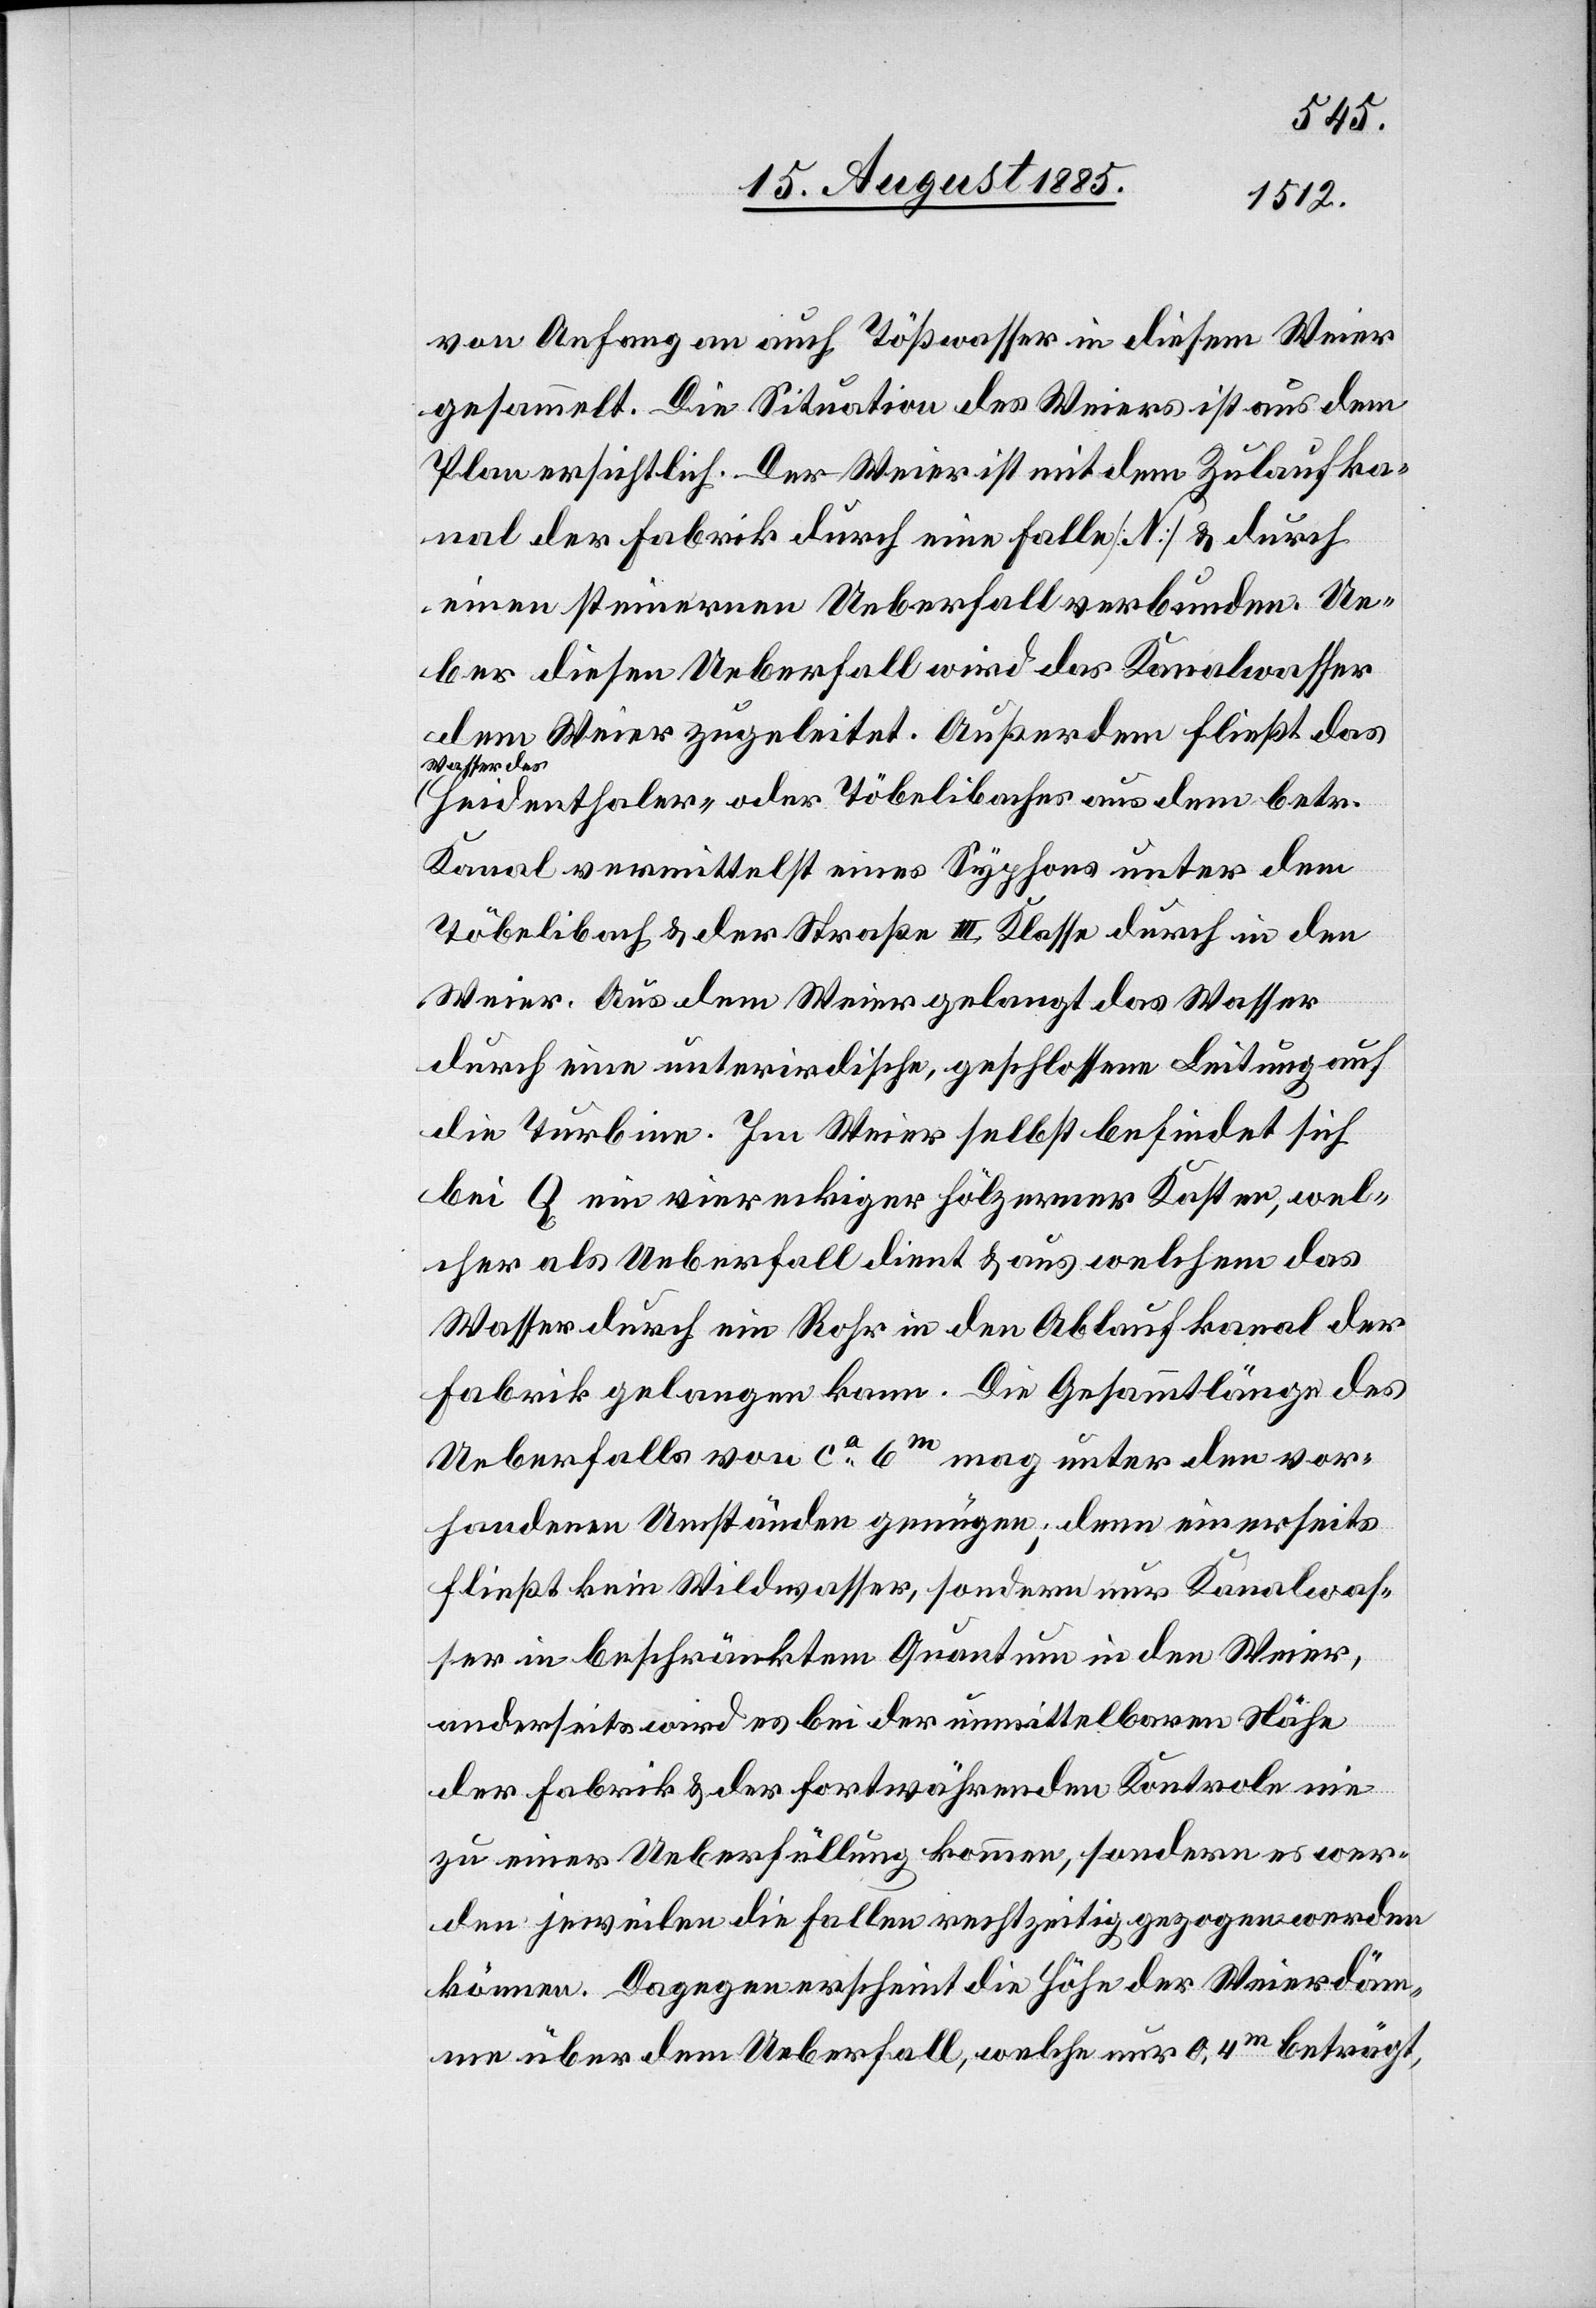
von Anfang an auch Tößwasser in diesem Weier
gesammelt. Die Situation des Weiers ist aus dem
Plan ersichtlich. Der Weier ist mit dem Zulaufka¬
nal der Fabrik durch eine Falle [N] & durch
einen steinernen Ueberfall verbunden. Ue¬
ber diesen Ueberfall wird das Kanalwasser
dem Weier zugeleitet. Außerdem fließt das
Wasser des
Heidenthaler- oder Töbelibaches aus dem betr.
Kanal vermittelst eines Syphons unter dem
Töbelibach & der Straße III. Klasse durch in den
Weier. Aus dem Weier gelangt das Wasser
durch eine unterirdische, geschlossene Leitung auf
die Turbine. Im Weier selbst befindet sich
bei Q ein viereckiger hölzerner Kasten, wel¬
cher als Ueberfall dient & aus welchem das
Wasser durch ein Rohr in den Ablaufkanal der
Fabrik gelangen kann. Die Gesamtlänge des
Ueberfalls von ca 6m mag unter den vor¬
handenen Umständen genügen; denn einerseits
fließt kein Wildwasser, sondern nur Kanalwas¬
ser in beschränktem Quantum in den Weier,
anderseits wird es bei der unmittelbaren Nähe
der Fabrik & der fortwährenden Kontrole nie
zu einer Ueberfüllung kommen, sondern es wer¬
den jeweilen die Fallen rechtzeitig gezogen werden
könne. Dagegen erscheint die Höhe der Weierdäm¬
me über dem Ueberfall, welche nur 0,4m beträgt,